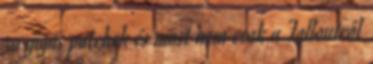
30 gigás patchek és most nem csak a Falloutról